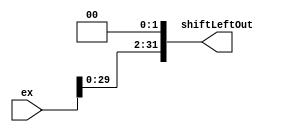
// O QUE FICA DEPOIS DO SIGN EXTEND

module shift_left2(
    input wire [31:0] ex, // extend
    output wire [31:0] shiftLeftOut
);

    assign shiftLeftOut = ex << 2; 

endmodule